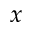
x